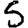
Digit: 5